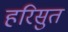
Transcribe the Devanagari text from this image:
हरिसुत